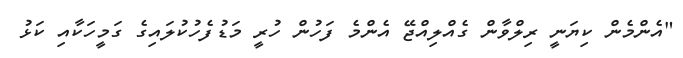
"އެންމެން ކިޔަނީ ރިލްވާން ގެއްލިއްޖޭ އެންމެ ފަހުން ހުރީ މަޑުފެހުކުލައިގެ ގަމީހަކާއި ކަޅު